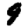
Digit: 9